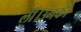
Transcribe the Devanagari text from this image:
लीं।उनकी